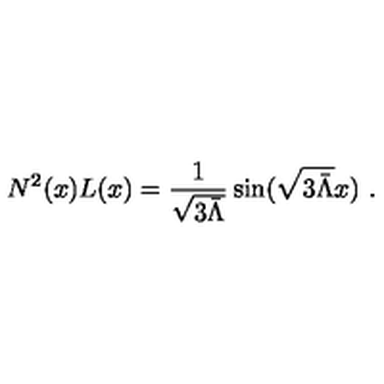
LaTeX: N ^ { 2 } ( x ) L ( x ) = \frac { 1 } { \sqrt { 3 \bar { \Lambda } } } \sin ( \sqrt { 3 \bar { \Lambda } } x ) \ .